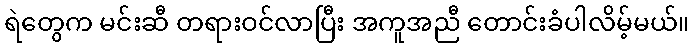
ရဲတွေက မင်းဆီ တရားဝင်လာပြီး အကူအညီ တောင်းခံပါလိမ့်မယ်။